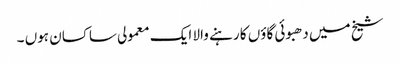
شیخ میں دھبوئی گاؤں کا رہنے والا ایک معمولی ساکسان ہوں ۔